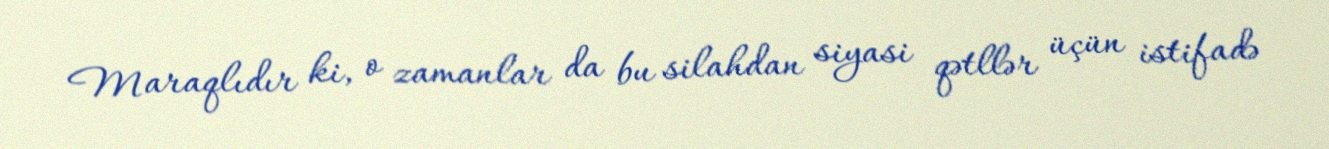
Maraqlıdır ki, o zamanlar da bu silahdan siyasi qətllər üçün istifadə